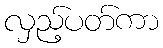
လှည့်ပတ်ကာ